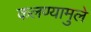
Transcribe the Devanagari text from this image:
कलण्यामुले